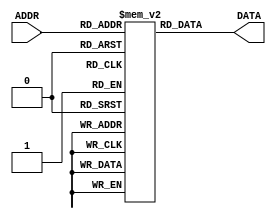
module Wave_ROM64 ( ADDR ,DATA ); 
    	output [15:0] DATA ;     
    	input [5:0]    ADDR ;     
    	reg [15:0] sine[0:63];    
    	initial	  begin    
  sine[0]=16'h0000;  sine[1]=16'h0C8B;  sine[2]=16'h18F8;  sine[3]=16'h2527;
  sine[4]=16'h30FB;  sine[5]=16'h3C56;  sine[6]=16'h471C;  sine[7]=16'h5133;
  sine[8]=16'h5A82;  sine[9]=16'h62F1;  sine[10]=16'h6A6D;  sine[11]=16'h70E2;
  sine[12]=16'h7641;  sine[13]=16'h7A7C;  sine[14]=16'h7D8A;  sine[15]=16'h7F62;
  sine[16]=16'h7FFF;  sine[17]=16'h7F62;  sine[18]=16'h7D8A;  sine[19]=16'h7A7C;
  sine[20]=16'h7641;  sine[21]=16'h70E2;  sine[22]=16'h6A6D;  sine[23]=16'h62F1;
  sine[24]=16'h5A82;  sine[25]=16'h5133;  sine[26]=16'h471C;  sine[27]=16'h3C56;
  sine[28]=16'h30FB;  sine[29]=16'h2527;  sine[30]=16'h18F8;  sine[31]=16'h0C8B;
  sine[32]=16'h0000;  sine[33]=16'hF375;  sine[34]=16'hE708;  sine[35]=16'hDAD9;
  sine[36]=16'hCF05;  sine[37]=16'hC3AA;  sine[38]=16'hB8E4;  sine[39]=16'hAECD;
  sine[40]=16'hA57E;  sine[41]=16'h9D0F;  sine[42]=16'h9593;  sine[43]=16'h8F1E;
  sine[44]=16'h89BF;  sine[45]=16'h8584;  sine[46]=16'h8276;  sine[47]=16'h809E;
  sine[48]=16'h8001;  sine[49]=16'h809E;  sine[50]=16'h8276;  sine[51]=16'h8584;
  sine[52]=16'h89BF;  sine[53]=16'h8F1E;  sine[54]=16'h9593;  sine[55]=16'h9D0F;
  sine[56]=16'hA57E;  sine[57]=16'hAECD;  sine[58]=16'hB8E4;  sine[59]=16'hC3AA;
  sine[60]=16'hCF05;  sine[61]=16'hDAD9;  sine[62]=16'hE708;  sine[63]=16'hF375;
end 

	assign DATA=sine[ADDR];	
endmodule